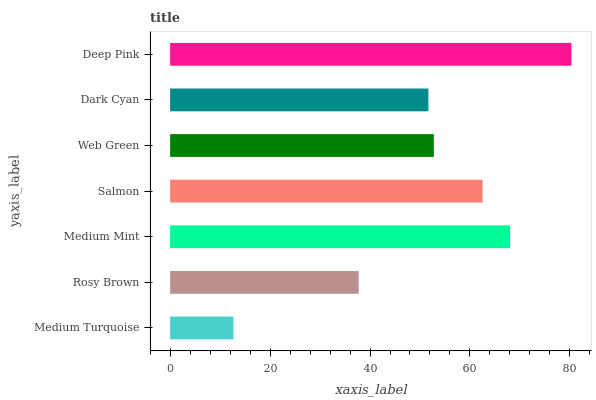
| yaxis_label | bars |
 | --- | --- |
 | Medium Turquoise | 12.7 |
 | Rosy Brown | 37.7 |
 | Medium Mint | 68 |
 | Salmon | 62.5 |
 | Web Green | 52.8 |
 | Dark Cyan | 51.7 |
 | Deep Pink | 80.3 |